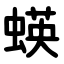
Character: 蝧